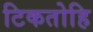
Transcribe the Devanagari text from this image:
टिकतोहि